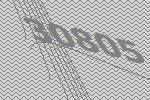
30805